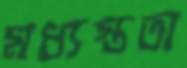
মধ্যস্ততা